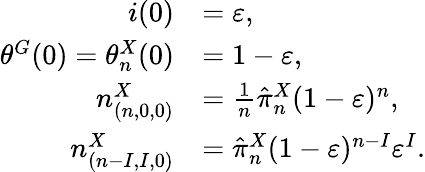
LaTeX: \begin{array}{rl}{i(0)}&{=\varepsilon,}\\ {\theta^{G}(0)=\theta_{n}^{X}(0)}&{=1-\varepsilon,}\\ {n_{(n,0,0)}^{X}}&{=\frac{1}{n}\hat{\pi}_{n}^{X}(1-\varepsilon)^{n},}\\ {n_{(n-I,I,0)}^{X}}&{=\hat{\pi}_{n}^{X}(1-\varepsilon)^{n-I}\varepsilon^{I}.}\end{array}